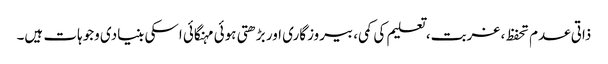
ذاتی عدم تحفظ، غربت، تعلیم کی کمی، بیروزگاری اور بڑھتی ہوئی مہنگائی اسکی بنیادی وجوہات ہیں۔